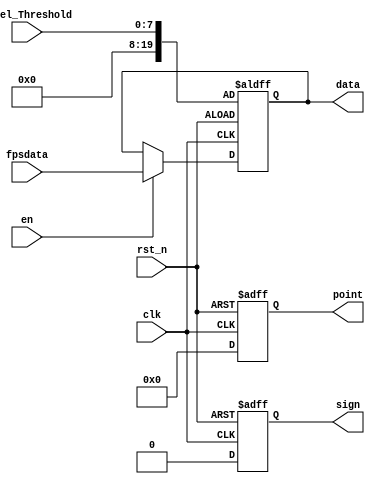
//****************************************Copyright (c)***********************************//                            
//----------------------------------------------------------------------------------------
// File name:          display
// Last modified Date:  2021/6/10 11:28:58
// Last Version:        V1.0
// Descriptions:        sobel
//----------------------------------------------------------------------------------------
// Created date:        2021/6/10 11:28:58
// Version:             V1.0
// Descriptions:        
//
//----------------------------------------------------------------------------------------
//****************************************************************************************//

module display(
    //mudule clock
    input                   clk  ,      // 
    input                   rst_n,      // 
    input         [7:0]     Sobel_Threshold,      // 
    input         [19:0]    fpsdata,
    //user interface
    output   reg [19:0]     data ,      // 6
    output   reg [ 5:0]     point,      // ,
    input            en   ,      // 
    output   reg            sign        // 
);

//parameter define
//parameter test=4'd15;
//reg define

//*****************************************************
//**                    main code
//*****************************************************

//0999999


//0999999

always @ (posedge clk or negedge rst_n) begin
    if (!rst_n)begin
        data  <= Sobel_Threshold;
        point <=6'b000000;
       // en    <= 1'b0;
        sign  <= 1'b0;
    end 
    else begin
        
        point <= 6'b000000;             //
        //en    <= 1'b1;                  //
        sign  <= 1'b0;                  //
        //data <= Sobel_Threshold;
        if (en==1)
            data <= fpsdata;
        //data[7:0]<=Sobel_Threshold;
        //data[11:8]<=test;
    end 
end 

endmodule